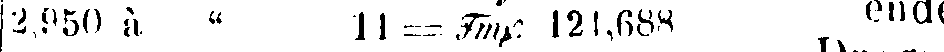
2,950 à " 11 = Tmp. | 21,688 ende